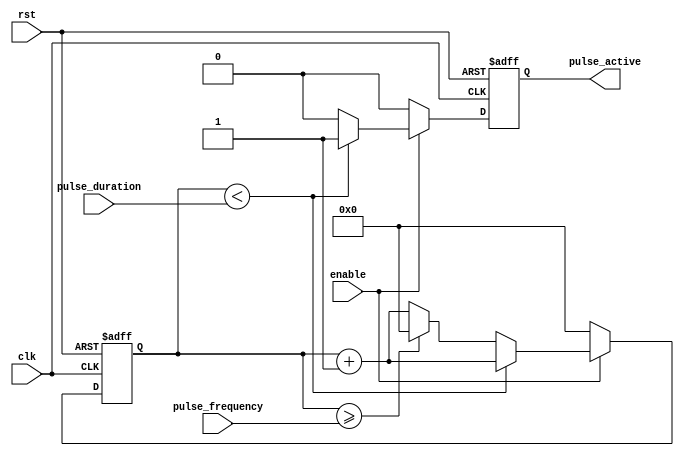
module pulse_generator(
    input wire clk, // Clock signal
    input wire rst, // Reset signal
    input wire enable, // Enable signal
    input wire [31:0] pulse_duration, // Duration of the pulse
    input wire [31:0] pulse_frequency, // Frequency of the pulse
    output reg pulse_active // Pulse active signal
);

reg [31:0] pulse_counter;

always @(posedge clk or posedge rst) begin
    if (rst) begin
        pulse_counter <= 0;
        pulse_active <= 0;
    end else begin
        if (enable) begin
            if (pulse_counter < pulse_duration) begin
                pulse_active <= 1;
                pulse_counter <= pulse_counter + 1;
            end else begin
                pulse_active <= 0;
                if (pulse_counter >= pulse_frequency) begin
                    pulse_counter <= 0;
                end else begin
                    pulse_counter <= pulse_counter + 1;
                end
            end
        end else begin
            pulse_active <= 0;
            pulse_counter <= 0;
        end
    end
end

endmodule